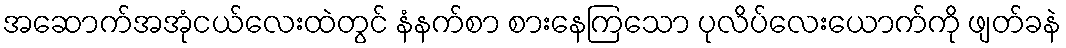
အဆောက်အအုံငယ်လေးထဲတွင် နံနက်စာ စားနေကြသော ပုလိပ်လေးယောက်ကို ဖျတ်ခနဲ